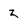
Character: z